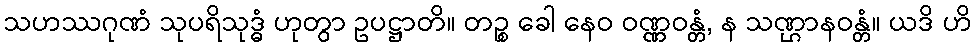
သဟဿဂုဏံ သုပရိသုဒ္ဓံ ဟုတွာ ဥပဋ္ဌာတိ။ တဉ္စ ခေါ နေဝ ဝဏ္ဏဝန္တံ, န သဏ္ဌာနဝန္တံ။ ယဒိ ဟိ